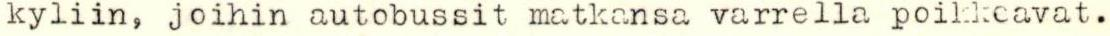
kyliin, joihin autobussit matkansa varrella poikkeavat.